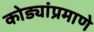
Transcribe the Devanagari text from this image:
कोड्यांप्रमाणे